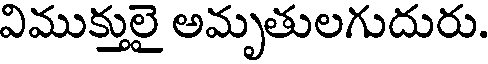
విముక్తులై అమృతులగుదురు.